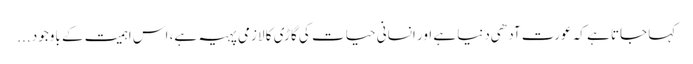
کہا جاتا ہے کہ عورت آدهی دنیا ہے اور انسانی حیات کی گاڑی کا لازمی پہیہ ہے، اس اہمیت کے باوجود ...